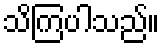
သိကြပါသည်။